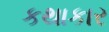
કથાકાર